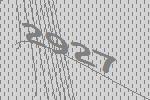
2927